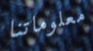
معلوماتنا